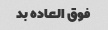
فوق العاده بد